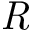
\mathit { R }